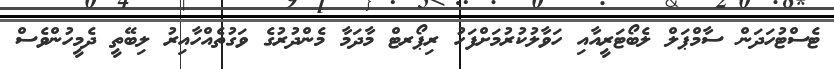
ޓެސްޓުހަދަން ސާމްޕަލް ލެބޯޓަރީއާއި ހަވާލުކުރުމަށްފަހު ރިޕޯރޓް މާދަމާ މެންދުރުގެ ވަގުތެއްހާއިރު ލިބޭތީ ދެމީހުންވެސް